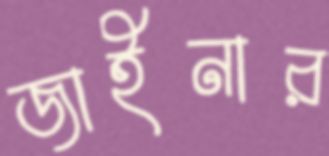
জাইনার